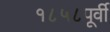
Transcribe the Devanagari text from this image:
१८५८पूर्वी